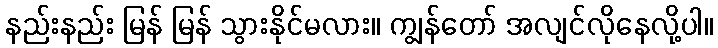
နည်းနည်း မြန် မြန် သွားနိုင်မလား။ ကျွန်တော် အလျင်လိုနေလို့ပါ။